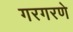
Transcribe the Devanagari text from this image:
गरगरणे